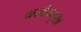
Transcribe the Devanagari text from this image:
फलोन्मुख